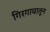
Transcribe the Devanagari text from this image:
गिरगावातून